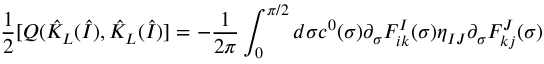
\frac { 1 } { 2 } [ Q ( \hat { K } _ { L } ( \hat { I } ) , \hat { K } _ { L } ( \hat { I } ) ] = - \frac { 1 } { 2 \pi } \int _ { 0 } ^ { \pi / 2 } d \sigma c ^ { 0 } ( \sigma ) \partial _ { \sigma } F _ { i k } ^ { I } ( \sigma ) \eta _ { I J } \partial _ { \sigma } F _ { k j } ^ { J } ( \sigma )